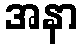
အနာ